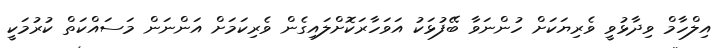
އިލްހާމް ވިދާޅުވީ ވެރިޔަކަށް ހުންނަވާ ބޭފުޅަކު އަވަހާރަކޮށްލައިގެން ވެރިކަމަށް އަންނަން މަސައްކަތް ކުރުމަކީ